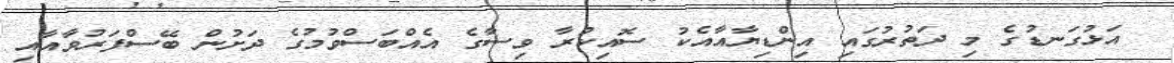
އަޅުގަނޑުގެ މި ދަތުރުގައި އިންޑިޔާއާއެކު ސޮއިކުރާ ވިސާގެ އެއްބަސްވުމުގެ ދަށުން ބޭސްފަރުވާއާއި